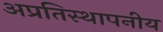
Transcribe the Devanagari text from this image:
अप्रतिस्थापनीय